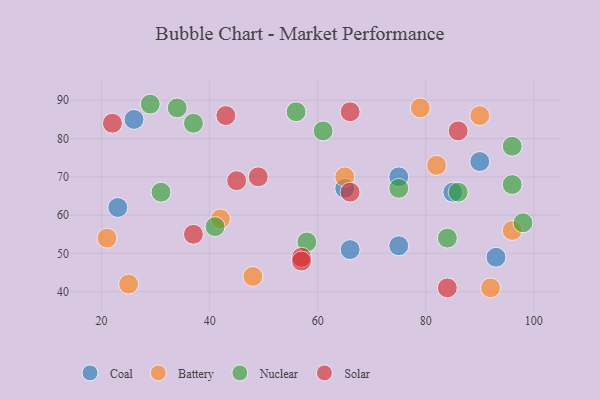
{"axis": {"x": "GDP", "y": "Life Expectancy"}, "legend": ["Battery", "Coal", "Nuclear", "Solar"], "data": [{"x": "26", "y": 85, "type": "Coal"}, {"x": "90", "y": 74, "type": "Coal"}, {"x": "85", "y": 66, "type": "Coal"}, {"x": "93", "y": 49, "type": "Coal"}, {"x": "75", "y": 52, "type": "Coal"}, {"x": "66", "y": 51, "type": "Coal"}, {"x": "75", "y": 70, "type": "Coal"}, {"x": "65", "y": 67, "type": "Coal"}, {"x": "23", "y": 62, "type": "Coal"}, {"x": "42", "y": 59, "type": "Battery"}, {"x": "25", "y": 42, "type": "Battery"}, {"x": "21", "y": 54, "type": "Battery"}, {"x": "48", "y": 44, "type": "Battery"}, {"x": "96", "y": 56, "type": "Battery"}, {"x": "79", "y": 88, "type": "Battery"}, {"x": "92", "y": 41, "type": "Battery"}, {"x": "82", "y": 73, "type": "Battery"}, {"x": "90", "y": 86, "type": "Battery"}, {"x": "65", "y": 70, "type": "Battery"}, {"x": "96", "y": 68, "type": "Nuclear"}, {"x": "75", "y": 67, "type": "Nuclear"}, {"x": "96", "y": 78, "type": "Nuclear"}, {"x": "37", "y": 84, "type": "Nuclear"}, {"x": "86", "y": 66, "type": "Nuclear"}, {"x": "61", "y": 82, "type": "Nuclear"}, {"x": "41", "y": 57, "type": "Nuclear"}, {"x": "84", "y": 54, "type": "Nuclear"}, {"x": "29", "y": 89, "type": "Nuclear"}, {"x": "98", "y": 58, "type": "Nuclear"}, {"x": "56", "y": 87, "type": "Nuclear"}, {"x": "58", "y": 53, "type": "Nuclear"}, {"x": "34", "y": 88, "type": "Nuclear"}, {"x": "31", "y": 66, "type": "Nuclear"}, {"x": "57", "y": 49, "type": "Solar"}, {"x": "22", "y": 84, "type": "Solar"}, {"x": "66", "y": 66, "type": "Solar"}, {"x": "66", "y": 87, "type": "Solar"}, {"x": "57", "y": 48, "type": "Solar"}, {"x": "84", "y": 41, "type": "Solar"}, {"x": "49", "y": 70, "type": "Solar"}, {"x": "45", "y": 69, "type": "Solar"}, {"x": "86", "y": 82, "type": "Solar"}, {"x": "43", "y": 86, "type": "Solar"}, {"x": "37", "y": 55, "type": "Solar"}]}